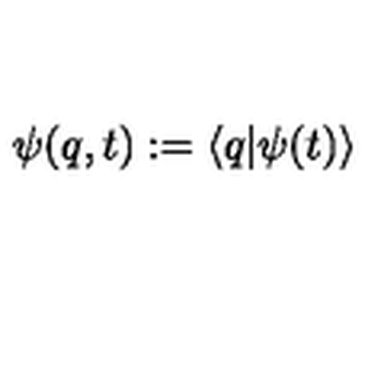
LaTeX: \psi ( q , t ) : = \left< q | \psi ( t ) \right>